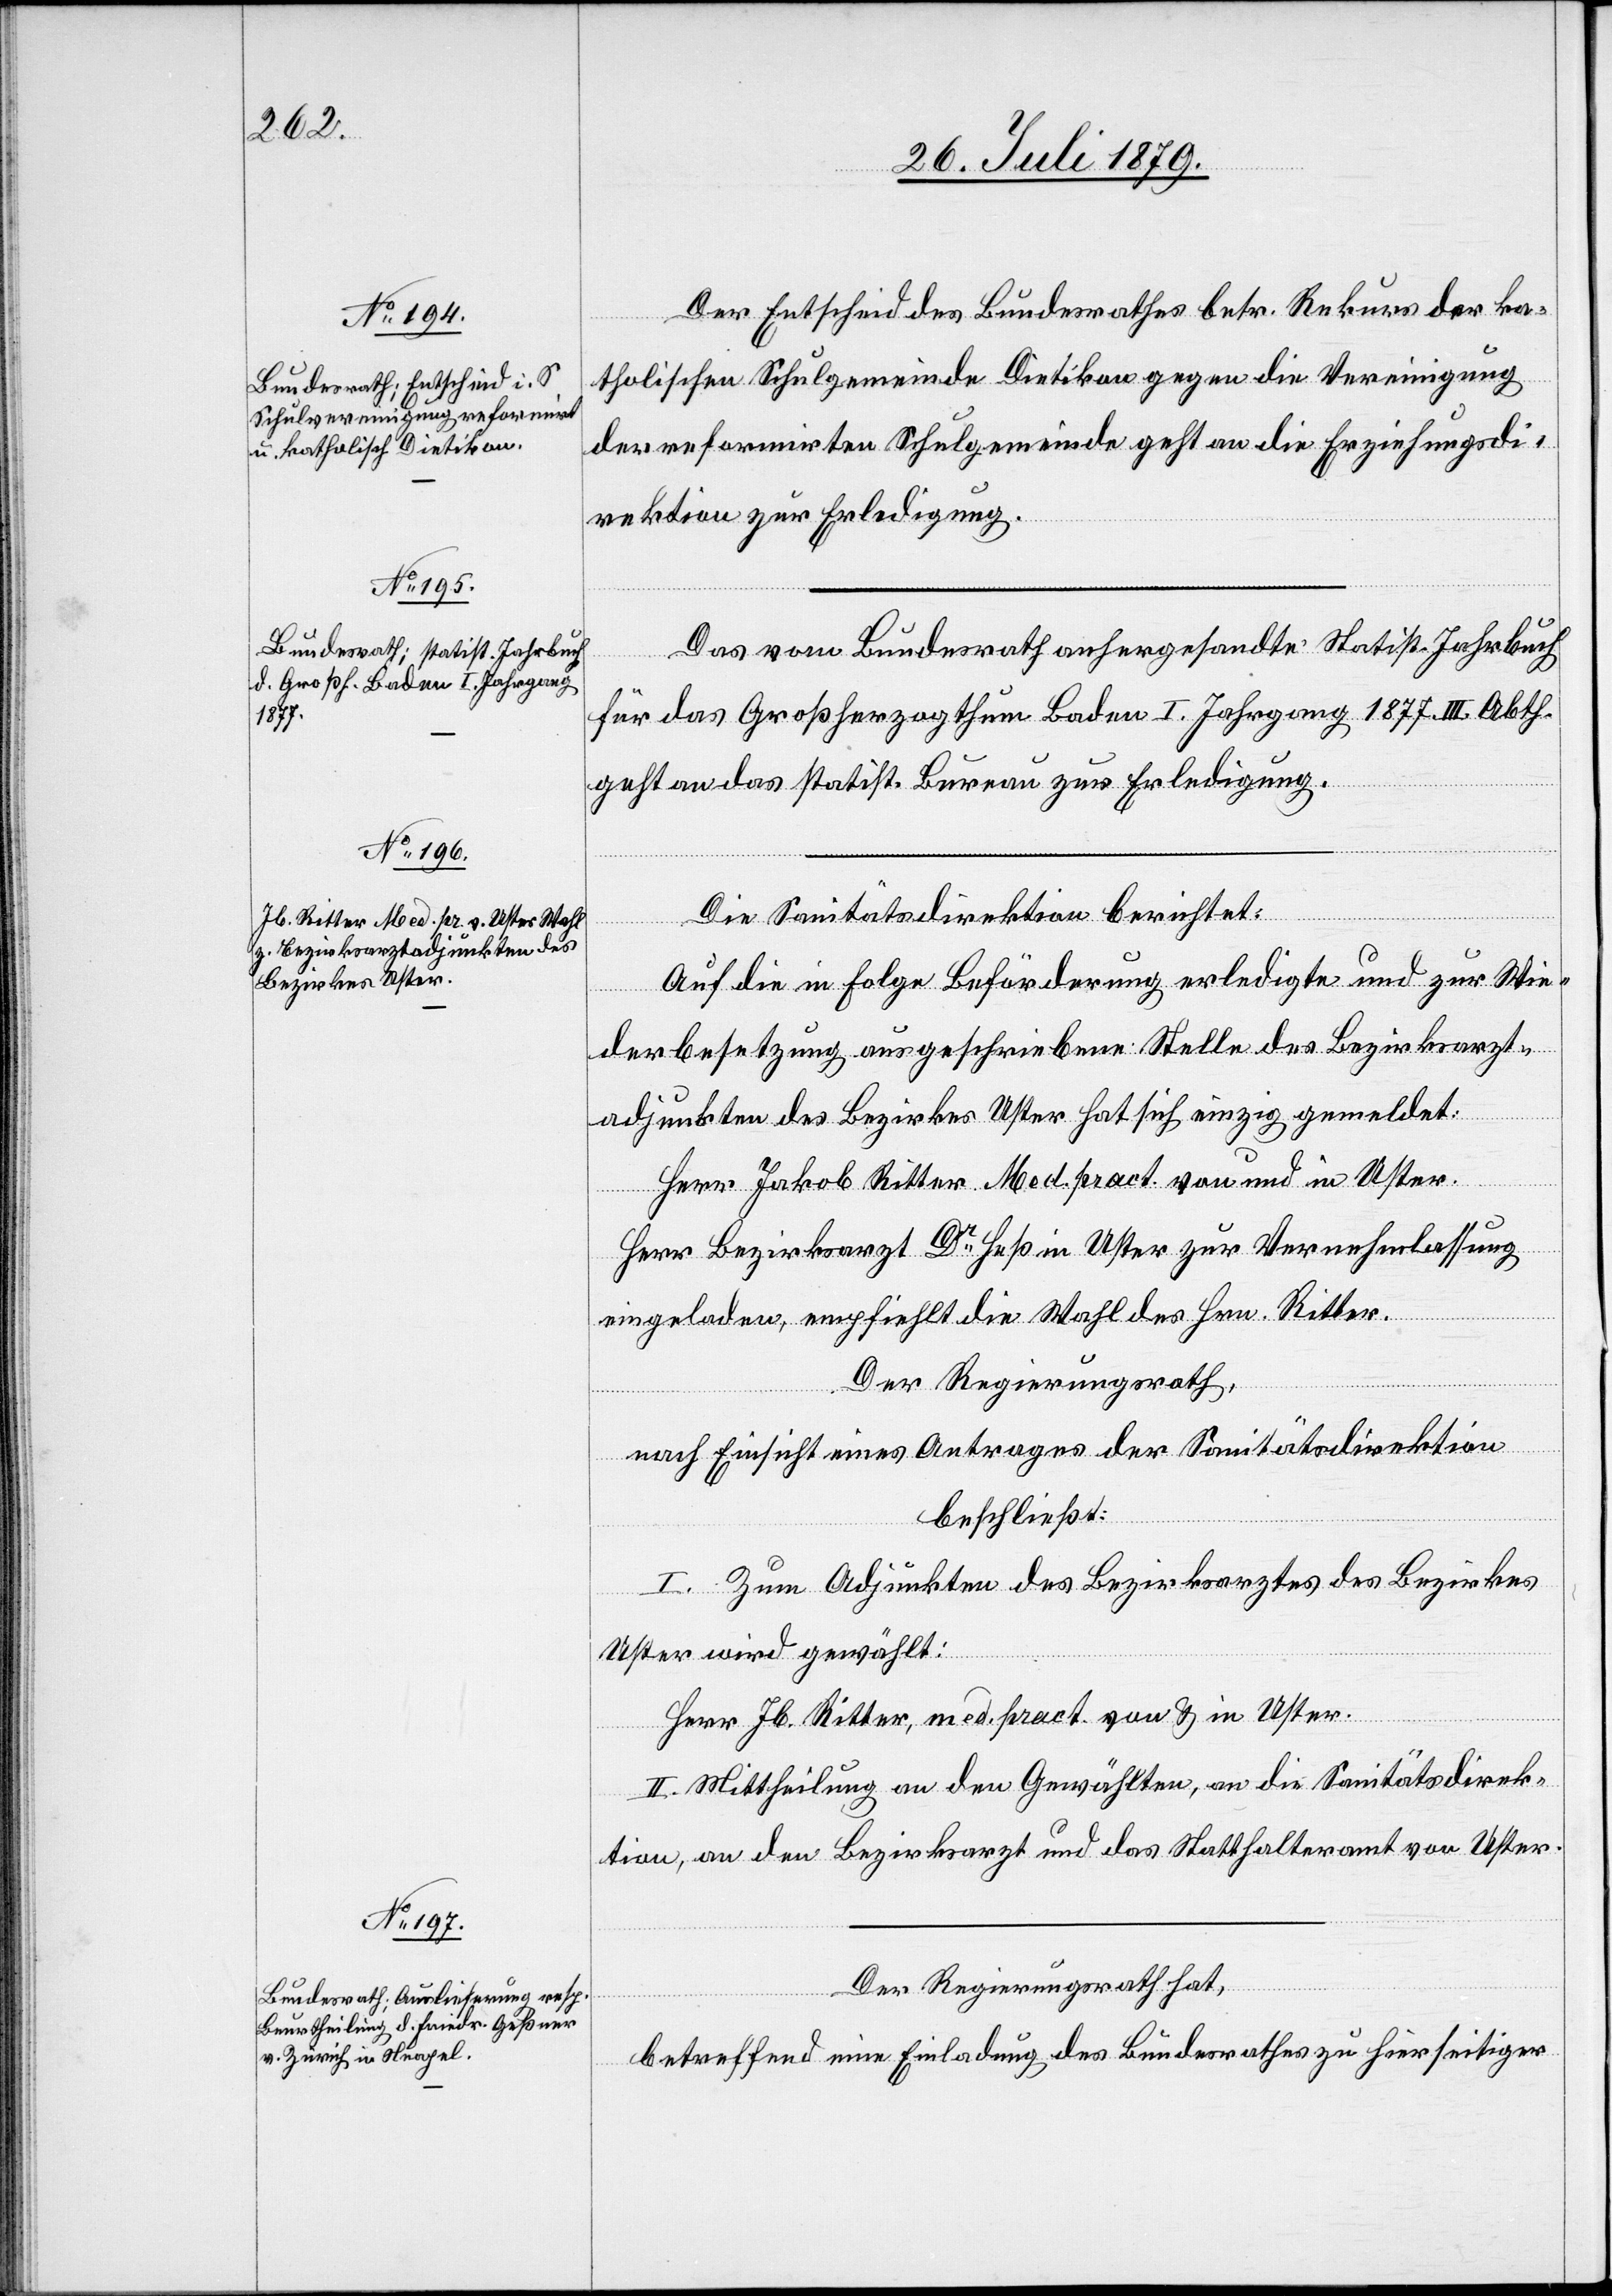
Der Entscheid des Bundesrathes betr. Rekurs der ka¬
tholischen Schulgemeinde Dietikon gegen die Vereinigung
der reformirten Schulgemeinde geht an die Erziehungsdi¬
rektion zur Erledigung.
Das vom Bundesrath anhergesandte Statist. Jahrbuch
für das Großherzogthum Baden I. Jahrgang 1877 III. Abth.
geht an das statist. Bureau zur Erledigung.
Die Sanitätsdirektion berichtet:
Auf die in Folge Beförderung erledigte und zur Wie¬
derbesetzung ausgeschriebene Stelle des Bezirksarzt¬
adjunkten des Bezirkes Uster hat sich einzig gemeldet:
Herr Jakob Ritter. Med. pract. von und in Uster.
Herr Bezirksarzt Dr Heß in Uster zur Vernehmlassung
eingeladen, empfiehlt die Wahl des Hrn. Ritter.
Der Regierungsrath,
nach Einsicht eines Antrages der Sanitätsdirektion
beschließt:
I. Zum Adjunkten des Bezirksarztes des Bezirkes
Uster wird gewählt:
Herr Jb. Ritter, med. pract. von & in Uster.
II. Mittheilung an den Gewählten, an die Sanitätsdirek¬
tion, an den Bezirksarzt und das Statthalteramt von Uster.
Der Regierungsrath hat,
betreffend eine Einladung des Bundesrathes zu hierseitiger